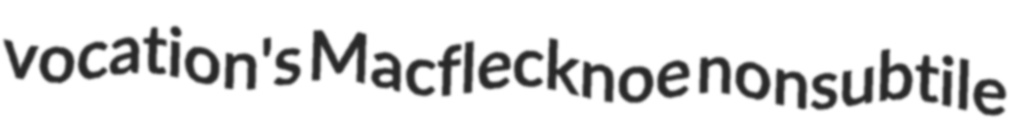
vocation's Macflecknoe nonsubtile